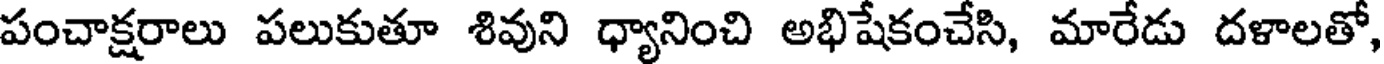
పంచాక్షరాలు పలుకుతూ శివుని ధ్యానించి అభిషేకంచేసి, మారేడు దళాలతో,